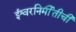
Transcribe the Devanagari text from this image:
ईश्वरनिर्मीतीची